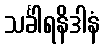
သင်္ခါရနိဒါနံ